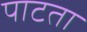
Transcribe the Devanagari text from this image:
पाटता